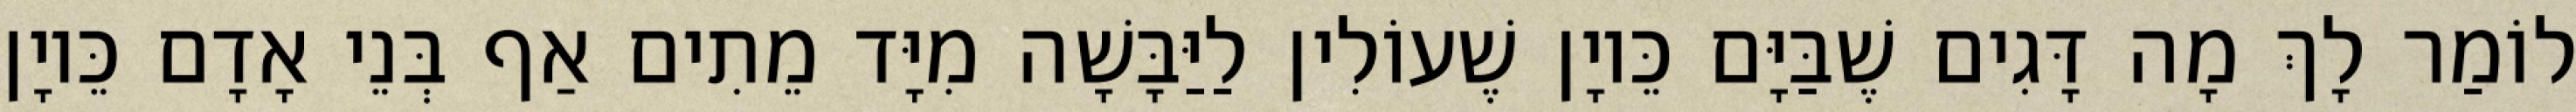
לוֹמַר לָךְ מָה דָּגִים שֶׁבַּיָּם כֵּיוָן שֶׁעוֹלִין לַיַּבָּשָׁה מִיָּד מֵתִים אַף בְּנֵי אָדָם כֵּיוָן